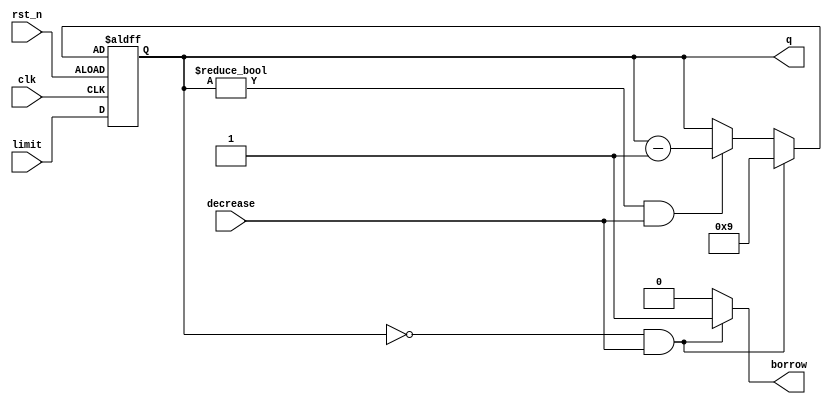
module BCD_DOWN(limit, clk, rst_n, decrease, q, borrow);
    input [3:0]limit;
    input clk;
    input rst_n;
    input decrease;
    output reg [3:0]q;
    output reg borrow;
    reg [3:0]q_temp;

    always @*
        if (q == 4'b0000 && decrease == 1) begin
            q_temp = 4'b1001;
            borrow = 1'b1;
        end
        else if (q != 4'b0000 && decrease == 1) begin
            q_temp = q - 1'b1;
            borrow = 1'b0;
        end
        else begin
            q_temp = q;
            borrow = 1'b0;
        end
            
    always @(posedge clk or posedge rst_n)
        if (~rst_n) q <= limit;
        else q <= q_temp; 
        
endmodule